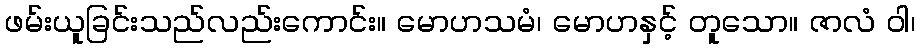
ဖမ်းယူခြင်းသည်လည်းကောင်း။ မောဟသမံ၊ မောဟနှင့် တူသော။ ဇာလံ ဝါ၊